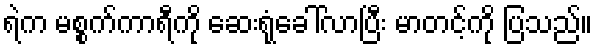
ရဲက မစ္စက်ကာရီကို ဆေးရုံခေါ်လာပြီး မာတင့်ကို ပြသည်။